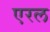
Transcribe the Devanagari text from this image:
एरल